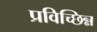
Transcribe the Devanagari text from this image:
प्रविच्छिन्न